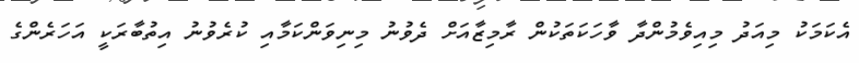
އެކަމަކު މިއަދު މިއިވެމުންދާ ވާހަކަތަކުން ރާމިޒާއަށް ދެވުނު މިނިވަންކަމާއި ކުރެވުނު އިތުބާރަކީ އަހަރެންގެ